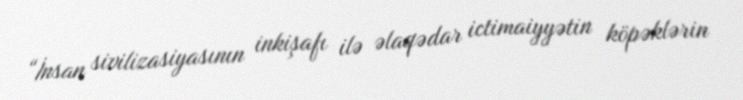
“İnsan sivilizasiyasının inkişafı ilə əlaqədar ictimaiyyətin köpəklərin